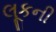
લૂકની